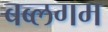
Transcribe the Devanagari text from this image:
बब्लगम